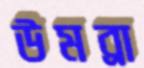
উমব্রা